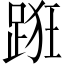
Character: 𨁨